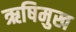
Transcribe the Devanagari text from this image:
ऋषिमुख